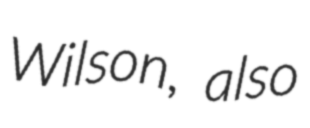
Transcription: Wilson, also